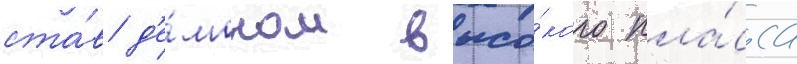
ста́в д'е́моном высо́кого кла́сса